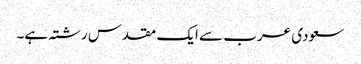
سعودی عرب سے ایک مقدس رشتہ ہے۔